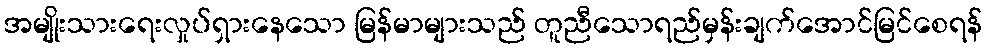
အမျိုးသားရေးလှုပ်ရှားနေသော မြန်မာများသည် တူညီသောရည်မှန်းချက်အောင်မြင်စေရန်